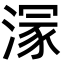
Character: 溕